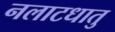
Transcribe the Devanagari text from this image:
नलाटधातु